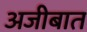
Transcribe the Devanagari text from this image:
अजीबात